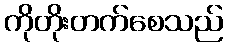
ကိုတိုးတက်စေသည်